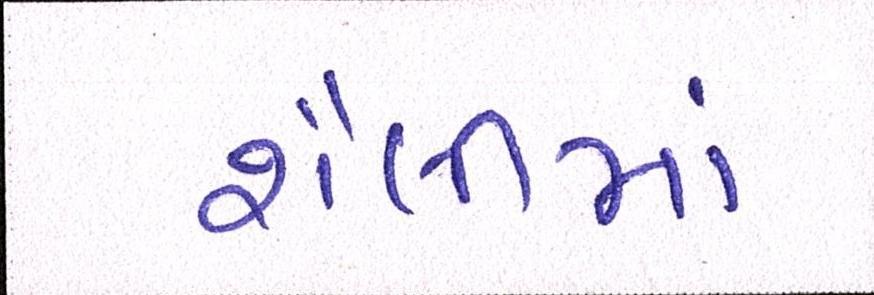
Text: શૈલીમાં